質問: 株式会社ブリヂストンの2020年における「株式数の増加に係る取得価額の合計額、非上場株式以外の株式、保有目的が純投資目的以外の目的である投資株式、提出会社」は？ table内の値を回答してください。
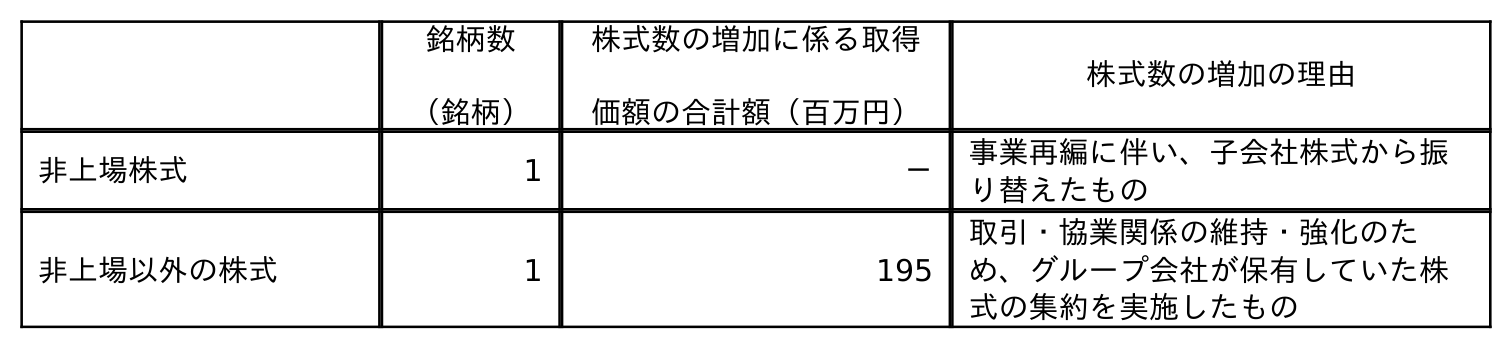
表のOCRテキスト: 銘柄数 （銘柄） 株式数の増加に係る取得 価額の合計額（百万円） 株式数の増加の理由 非上場株式 1 － 事業再編に伴い、子会社株式から振 り替えたもの 非上場以外の株式 1 195 取引・協業関係の維持・強化のた め、グループ会社が保有していた株 式の集約を実施したもの
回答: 195